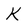
Character: K